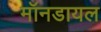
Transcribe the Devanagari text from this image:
मॉनडायल